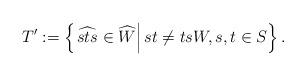
LaTeX: \begin{align*}T':=\left\{\left.\widehat{sts}\in \widehat{W}\right| st\neq ts\normalfont W, s,t\in S\right\}.\end{align*}